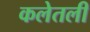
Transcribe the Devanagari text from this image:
कलेतली